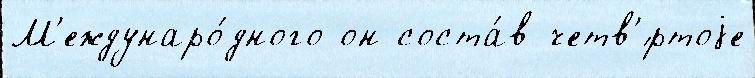
М'еждунаро́дного он соста́в четв'́ртоjе